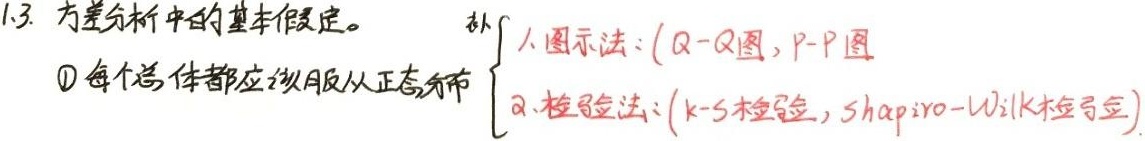
1.3. 方差分析中的基本假定。
每个总体都应该服从正态分布
\(\begin{cases}
\text{1. 图示法：}(Q - Q\text{图}, P - P\text{图})\\
\text{2. 检验法：}(k - S\text{检验}, Shapiro - Wilk\text{检验})
\end{cases}\)